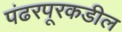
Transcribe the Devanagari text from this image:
पंढरपूरकडील